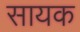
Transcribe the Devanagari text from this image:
सायक